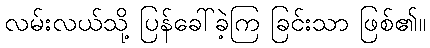
လမ်းလယ်သို့ ပြန်ခေါ်ခဲ့ကြ ခြင်းသာ ဖြစ်၏။